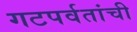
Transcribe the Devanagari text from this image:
गटपर्वतांची